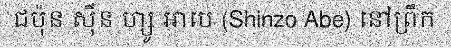
ជប៉ុន ស៊ីន ហ្សូ អាបេ (Shinzo Abe) នៅព្រឹក